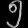
Digit: ၅